Subject: stat
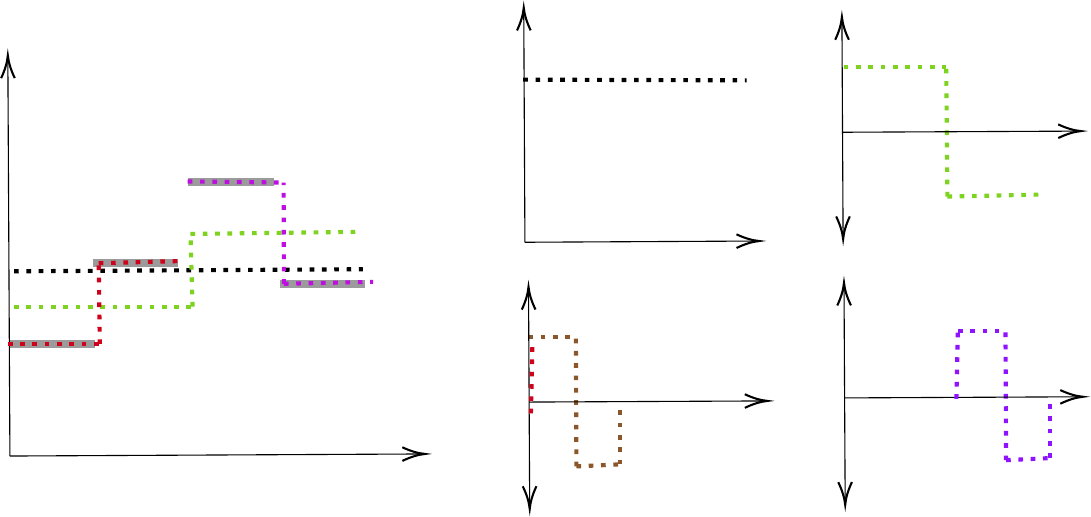
LaTeX code:
\begin{tikzpicture}[x=0.75pt,y=0.75pt,yscale=-1,xscale=1]

\draw    (42,224) -- (41.01,33) ;
\draw [shift={(41,31)}, rotate = 89.7] [color={rgb, 255:red, 0; green, 0; blue, 0 }  ][line width=0.75]    (10.93,-3.29) .. controls (6.95,-1.4) and (3.31,-0.3) .. (0,0) .. controls (3.31,0.3) and (6.95,1.4) .. (10.93,3.29)   ;
\draw    (42,224) -- (240,223.01) ;
\draw [shift={(242,223)}, rotate = 179.71] [color={rgb, 255:red, 0; green, 0; blue, 0 }  ][line width=0.75]    (10.93,-3.29) .. controls (6.95,-1.4) and (3.31,-0.3) .. (0,0) .. controls (3.31,0.3) and (6.95,1.4) .. (10.93,3.29)   ;
\draw [color={rgb, 255:red, 155; green, 155; blue, 155 }  ,draw opacity=1 ][line width=3]    (42,170) -- (83,170) ;
\draw [color={rgb, 255:red, 155; green, 155; blue, 155 }  ,draw opacity=1 ][line width=3]    (82,131) -- (123,131) ;
\draw [color={rgb, 255:red, 155; green, 155; blue, 155 }  ,draw opacity=1 ][line width=3]    (128,92) -- (169,92) ;
\draw [color={rgb, 255:red, 155; green, 155; blue, 155 }  ,draw opacity=1 ][line width=3]    (172,141) -- (213,141) ;
\draw [line width=1.5]  [dash pattern={on 1.69pt off 2.76pt}]  (44,135) -- (212,134) ;
\draw [color={rgb, 255:red, 126; green, 211; blue, 33 }  ,draw opacity=1 ][line width=1.5]  [dash pattern={on 1.69pt off 2.76pt}]  (44,152) -- (130,152) ;
\draw [color={rgb, 255:red, 126; green, 211; blue, 33 }  ,draw opacity=1 ][line width=1.5]  [dash pattern={on 1.69pt off 2.76pt}]  (129,117) -- (209,116) ;
\draw [color={rgb, 255:red, 126; green, 211; blue, 33 }  ,draw opacity=1 ][line width=1.5]  [dash pattern={on 1.69pt off 2.76pt}]  (130,152) -- (129,117) ;

\draw [color={rgb, 255:red, 189; green, 16; blue, 224 }  ,draw opacity=1 ][line width=1.5]  [dash pattern={on 1.69pt off 2.76pt}]  (127.66,91.71) -- (173.86,92.23) ;
\draw [color={rgb, 255:red, 189; green, 16; blue, 224 }  ,draw opacity=1 ][line width=1.5]  [dash pattern={on 1.69pt off 2.76pt}]  (174.02,141) -- (173.86,92.23) ;
\draw [color={rgb, 255:red, 189; green, 16; blue, 224 }  ,draw opacity=1 ][line width=1.5]  [dash pattern={on 1.69pt off 2.76pt}]  (174.02,141) -- (217,140.08) ;

\draw [color={rgb, 255:red, 208; green, 2; blue, 27 }  ,draw opacity=1 ][line width=1.5]  [dash pattern={on 1.69pt off 2.76pt}]  (41,170) -- (85.3,170) ;
\draw [color={rgb, 255:red, 208; green, 2; blue, 27 }  ,draw opacity=1 ][line width=1.5]  [dash pattern={on 1.69pt off 2.76pt}]  (85.3,170) -- (84.79,131.11) ;
\draw [color={rgb, 255:red, 208; green, 2; blue, 27 }  ,draw opacity=1 ][line width=1.5]  [dash pattern={on 1.69pt off 2.76pt}]  (84.79,131.11) -- (126,130) ;

\draw [line width=1.5]  [dash pattern={on 1.69pt off 2.76pt}]  (289.3,42.66) -- (397,43) ;
\draw [color={rgb, 255:red, 126; green, 211; blue, 33 }  ,draw opacity=1 ][line width=1.5]  [dash pattern={on 1.69pt off 2.76pt}]  (443.72,36.68) -- (493.11,36.68) ;
\draw [color={rgb, 255:red, 126; green, 211; blue, 33 }  ,draw opacity=1 ][line width=1.5]  [dash pattern={on 1.69pt off 2.76pt}]  (493.68,99) -- (539,98) ;
\draw [color={rgb, 255:red, 126; green, 211; blue, 33 }  ,draw opacity=1 ][line width=1.5]  [dash pattern={on 1.69pt off 2.76pt}]  (493.68,99) -- (493.11,36.68) ;

\draw    (443.42,117.5) -- (442.87,14.5) ;
\draw [shift={(442.86,12.5)}, rotate = 89.69] [color={rgb, 255:red, 0; green, 0; blue, 0 }  ][line width=0.75]    (10.93,-3.29) .. controls (6.95,-1.4) and (3.31,-0.3) .. (0,0) .. controls (3.31,0.3) and (6.95,1.4) .. (10.93,3.29)   ;
\draw [shift={(443.44,119.5)}, rotate = 269.69] [color={rgb, 255:red, 0; green, 0; blue, 0 }  ][line width=0.75]    (10.93,-3.29) .. controls (6.95,-1.4) and (3.31,-0.3) .. (0,0) .. controls (3.31,0.3) and (6.95,1.4) .. (10.93,3.29)   ;
\draw    (443.15,68) -- (556,67.46) ;
\draw [shift={(558,67.45)}, rotate = 179.72] [color={rgb, 255:red, 0; green, 0; blue, 0 }  ][line width=0.75]    (10.93,-3.29) .. controls (6.95,-1.4) and (3.31,-0.3) .. (0,0) .. controls (3.31,0.3) and (6.95,1.4) .. (10.93,3.29)   ;
\draw    (290.13,121) -- (289.57,10) ;
\draw [shift={(289.56,8)}, rotate = 89.71] [color={rgb, 255:red, 0; green, 0; blue, 0 }  ][line width=0.75]    (10.93,-3.29) .. controls (6.95,-1.4) and (3.31,-0.3) .. (0,0) .. controls (3.31,0.3) and (6.95,1.4) .. (10.93,3.29)   ;
\draw    (290.13,121) -- (401,120.42) ;
\draw [shift={(403,120.41)}, rotate = 179.7] [color={rgb, 255:red, 0; green, 0; blue, 0 }  ][line width=0.75]    (10.93,-3.29) .. controls (6.95,-1.4) and (3.31,-0.3) .. (0,0) .. controls (3.31,0.3) and (6.95,1.4) .. (10.93,3.29)   ;
\draw [color={rgb, 255:red, 139; green, 87; blue, 42 }  ,draw opacity=1 ][line width=1.5]  [dash pattern={on 1.69pt off 2.76pt}]  (291.72,166.68) -- (314.67,166.68) ;
\draw [color={rgb, 255:red, 139; green, 87; blue, 42 }  ,draw opacity=1 ][line width=1.5]  [dash pattern={on 1.69pt off 2.76pt}]  (314.94,229) -- (336,228) ;
\draw [color={rgb, 255:red, 139; green, 87; blue, 42 }  ,draw opacity=1 ][line width=1.5]  [dash pattern={on 1.69pt off 2.76pt}]  (314.94,229) -- (314.67,166.68) ;
\draw [color={rgb, 255:red, 139; green, 87; blue, 42 }  ,draw opacity=1 ][line width=1.5]  [dash pattern={on 1.69pt off 2.76pt}]  (336,228) -- (336,200) ;

\draw    (292.42,247.5) -- (291.87,144.5) ;
\draw [shift={(291.86,142.5)}, rotate = 89.69] [color={rgb, 255:red, 0; green, 0; blue, 0 }  ][line width=0.75]    (10.93,-3.29) .. controls (6.95,-1.4) and (3.31,-0.3) .. (0,0) .. controls (3.31,0.3) and (6.95,1.4) .. (10.93,3.29)   ;
\draw [shift={(292.44,249.5)}, rotate = 269.69] [color={rgb, 255:red, 0; green, 0; blue, 0 }  ][line width=0.75]    (10.93,-3.29) .. controls (6.95,-1.4) and (3.31,-0.3) .. (0,0) .. controls (3.31,0.3) and (6.95,1.4) .. (10.93,3.29)   ;
\draw    (292.15,198) -- (405,197.46) ;
\draw [shift={(407,197.45)}, rotate = 179.72] [color={rgb, 255:red, 0; green, 0; blue, 0 }  ][line width=0.75]    (10.93,-3.29) .. controls (6.95,-1.4) and (3.31,-0.3) .. (0,0) .. controls (3.31,0.3) and (6.95,1.4) .. (10.93,3.29)   ;
\draw [color={rgb, 255:red, 208; green, 2; blue, 27 }  ,draw opacity=1 ][line width=1.5]  [dash pattern={on 1.69pt off 2.76pt}]  (293,203.45) -- (293.72,170.68) ;
\draw [color={rgb, 255:red, 144; green, 19; blue, 254 }  ,draw opacity=1 ][line width=1.5]  [dash pattern={on 1.69pt off 2.76pt}]  (498.72,163.68) -- (521.67,163.68) ;
\draw [color={rgb, 255:red, 144; green, 19; blue, 254 }  ,draw opacity=1 ][line width=1.5]  [dash pattern={on 1.69pt off 2.76pt}]  (521.94,226) -- (543,225) ;
\draw [color={rgb, 255:red, 144; green, 19; blue, 254 }  ,draw opacity=1 ][line width=1.5]  [dash pattern={on 1.69pt off 2.76pt}]  (521.94,226) -- (521.67,163.68) ;
\draw [color={rgb, 255:red, 144; green, 19; blue, 254 }  ,draw opacity=1 ][line width=1.5]  [dash pattern={on 1.69pt off 2.76pt}]  (543,225) -- (543,197) ;

\draw    (444.42,245.5) -- (443.87,142.5) ;
\draw [shift={(443.86,140.5)}, rotate = 89.69] [color={rgb, 255:red, 0; green, 0; blue, 0 }  ][line width=0.75]    (10.93,-3.29) .. controls (6.95,-1.4) and (3.31,-0.3) .. (0,0) .. controls (3.31,0.3) and (6.95,1.4) .. (10.93,3.29)   ;
\draw [shift={(444.44,247.5)}, rotate = 269.69] [color={rgb, 255:red, 0; green, 0; blue, 0 }  ][line width=0.75]    (10.93,-3.29) .. controls (6.95,-1.4) and (3.31,-0.3) .. (0,0) .. controls (3.31,0.3) and (6.95,1.4) .. (10.93,3.29)   ;
\draw    (444.15,196) -- (557,195.46) ;
\draw [shift={(559,195.45)}, rotate = 179.72] [color={rgb, 255:red, 0; green, 0; blue, 0 }  ][line width=0.75]    (10.93,-3.29) .. controls (6.95,-1.4) and (3.31,-0.3) .. (0,0) .. controls (3.31,0.3) and (6.95,1.4) .. (10.93,3.29)   ;
\draw [color={rgb, 255:red, 144; green, 19; blue, 254 }  ,draw opacity=1 ][line width=1.5]  [dash pattern={on 1.69pt off 2.76pt}]  (498,196.45) -- (498.72,163.68) ;

\end{tikzpicture}